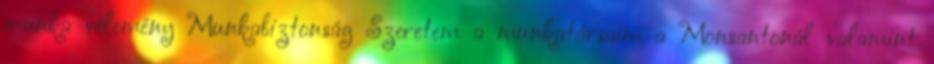
munka vélemény Munkabiztonság Szeretem a munkatársaim a Monsantonál valamint